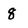
Character: 8